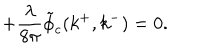
+ { \frac { \lambda } { 8 \pi } } \tilde { \phi } _ { c } ( k ^ { + } , k ^ { - } ) = 0 .